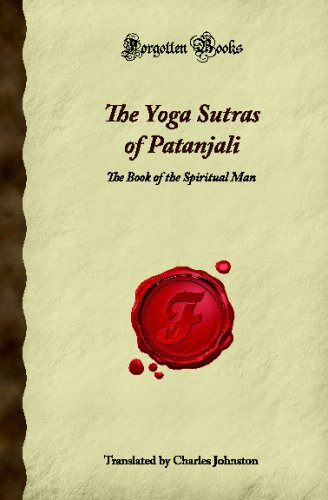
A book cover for The Yoga Sutras of Patanjali: The Book of the Spiritual Man (Forgotten Books); Religion & Spirituality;